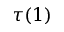
\tau ( 1 )